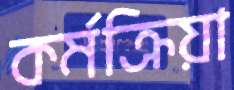
কর্মক্রিয়া